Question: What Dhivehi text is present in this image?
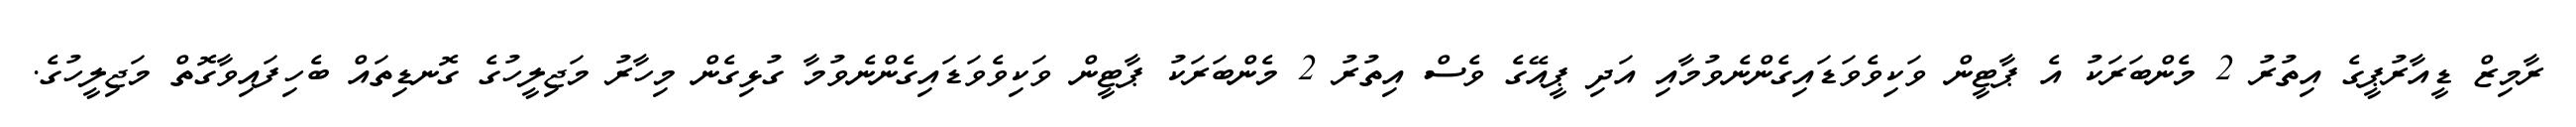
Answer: ރާމިޒް ޑީއާރުޕީގެ އިތުރު 2 މެންބަރަކު އެ ޕާޓީން ވަކިވެވަޑައިގެންނެވުމާއި އަދި ޕީއޭގެ ވެސް އިތުރު 2 މެންބަރަކު ޕާޓީން ވަކިވެވަޑައިގެންނެވުމާ ގުޅިގެން މިހާރު މަޖިލީހުގެ ގޮނޑިތައް ބެހިފައިވާގޮތް މަޖިލީހުގެ.